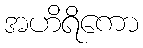
အဟိရိကော